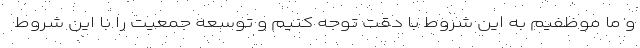
و ما موظفیم به این شروط با دقت توجه کنیم و توسعه جمعیت را با این شروط